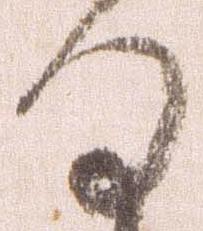
な